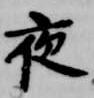
夜